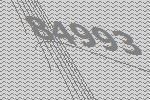
84993